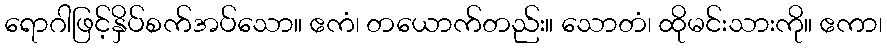
ရောဂါဖြင့်နှိပ်စက်အပ်သော။ ဧကံ၊ တယောက်တည်း။ သောတံ၊ ထိုမင်းသားကို။ ဧကာ၊